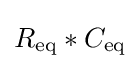
R_{\text{eq}}*C_{\text{eq}}